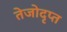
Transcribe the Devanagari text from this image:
तेजोदृप्त